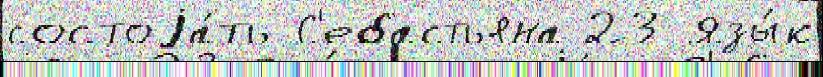
состоjа́ть С'ебастьяна 23 Язы́к